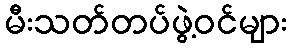
မီးသတ်တပ်ဖွဲ့ဝင်များ